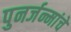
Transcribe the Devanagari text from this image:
पुनर्जन्मांचे